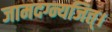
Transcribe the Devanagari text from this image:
जामदग्न्यजित्‌।